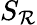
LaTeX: S_{\mathcal{R}}